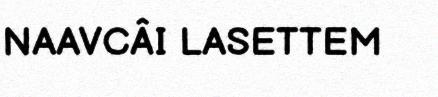
NAAVCÂI LASETTEM